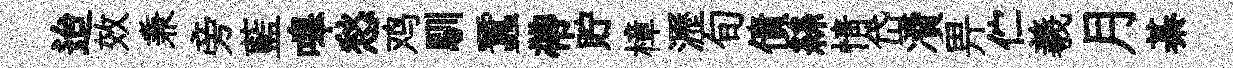
迨效兼旁藍嗥愁鸡馴蠶帶貯樟瀝旬債絲情岱凟畀伫羲月綦